Jaan_Tonisson_(Lasteleht), lk 322
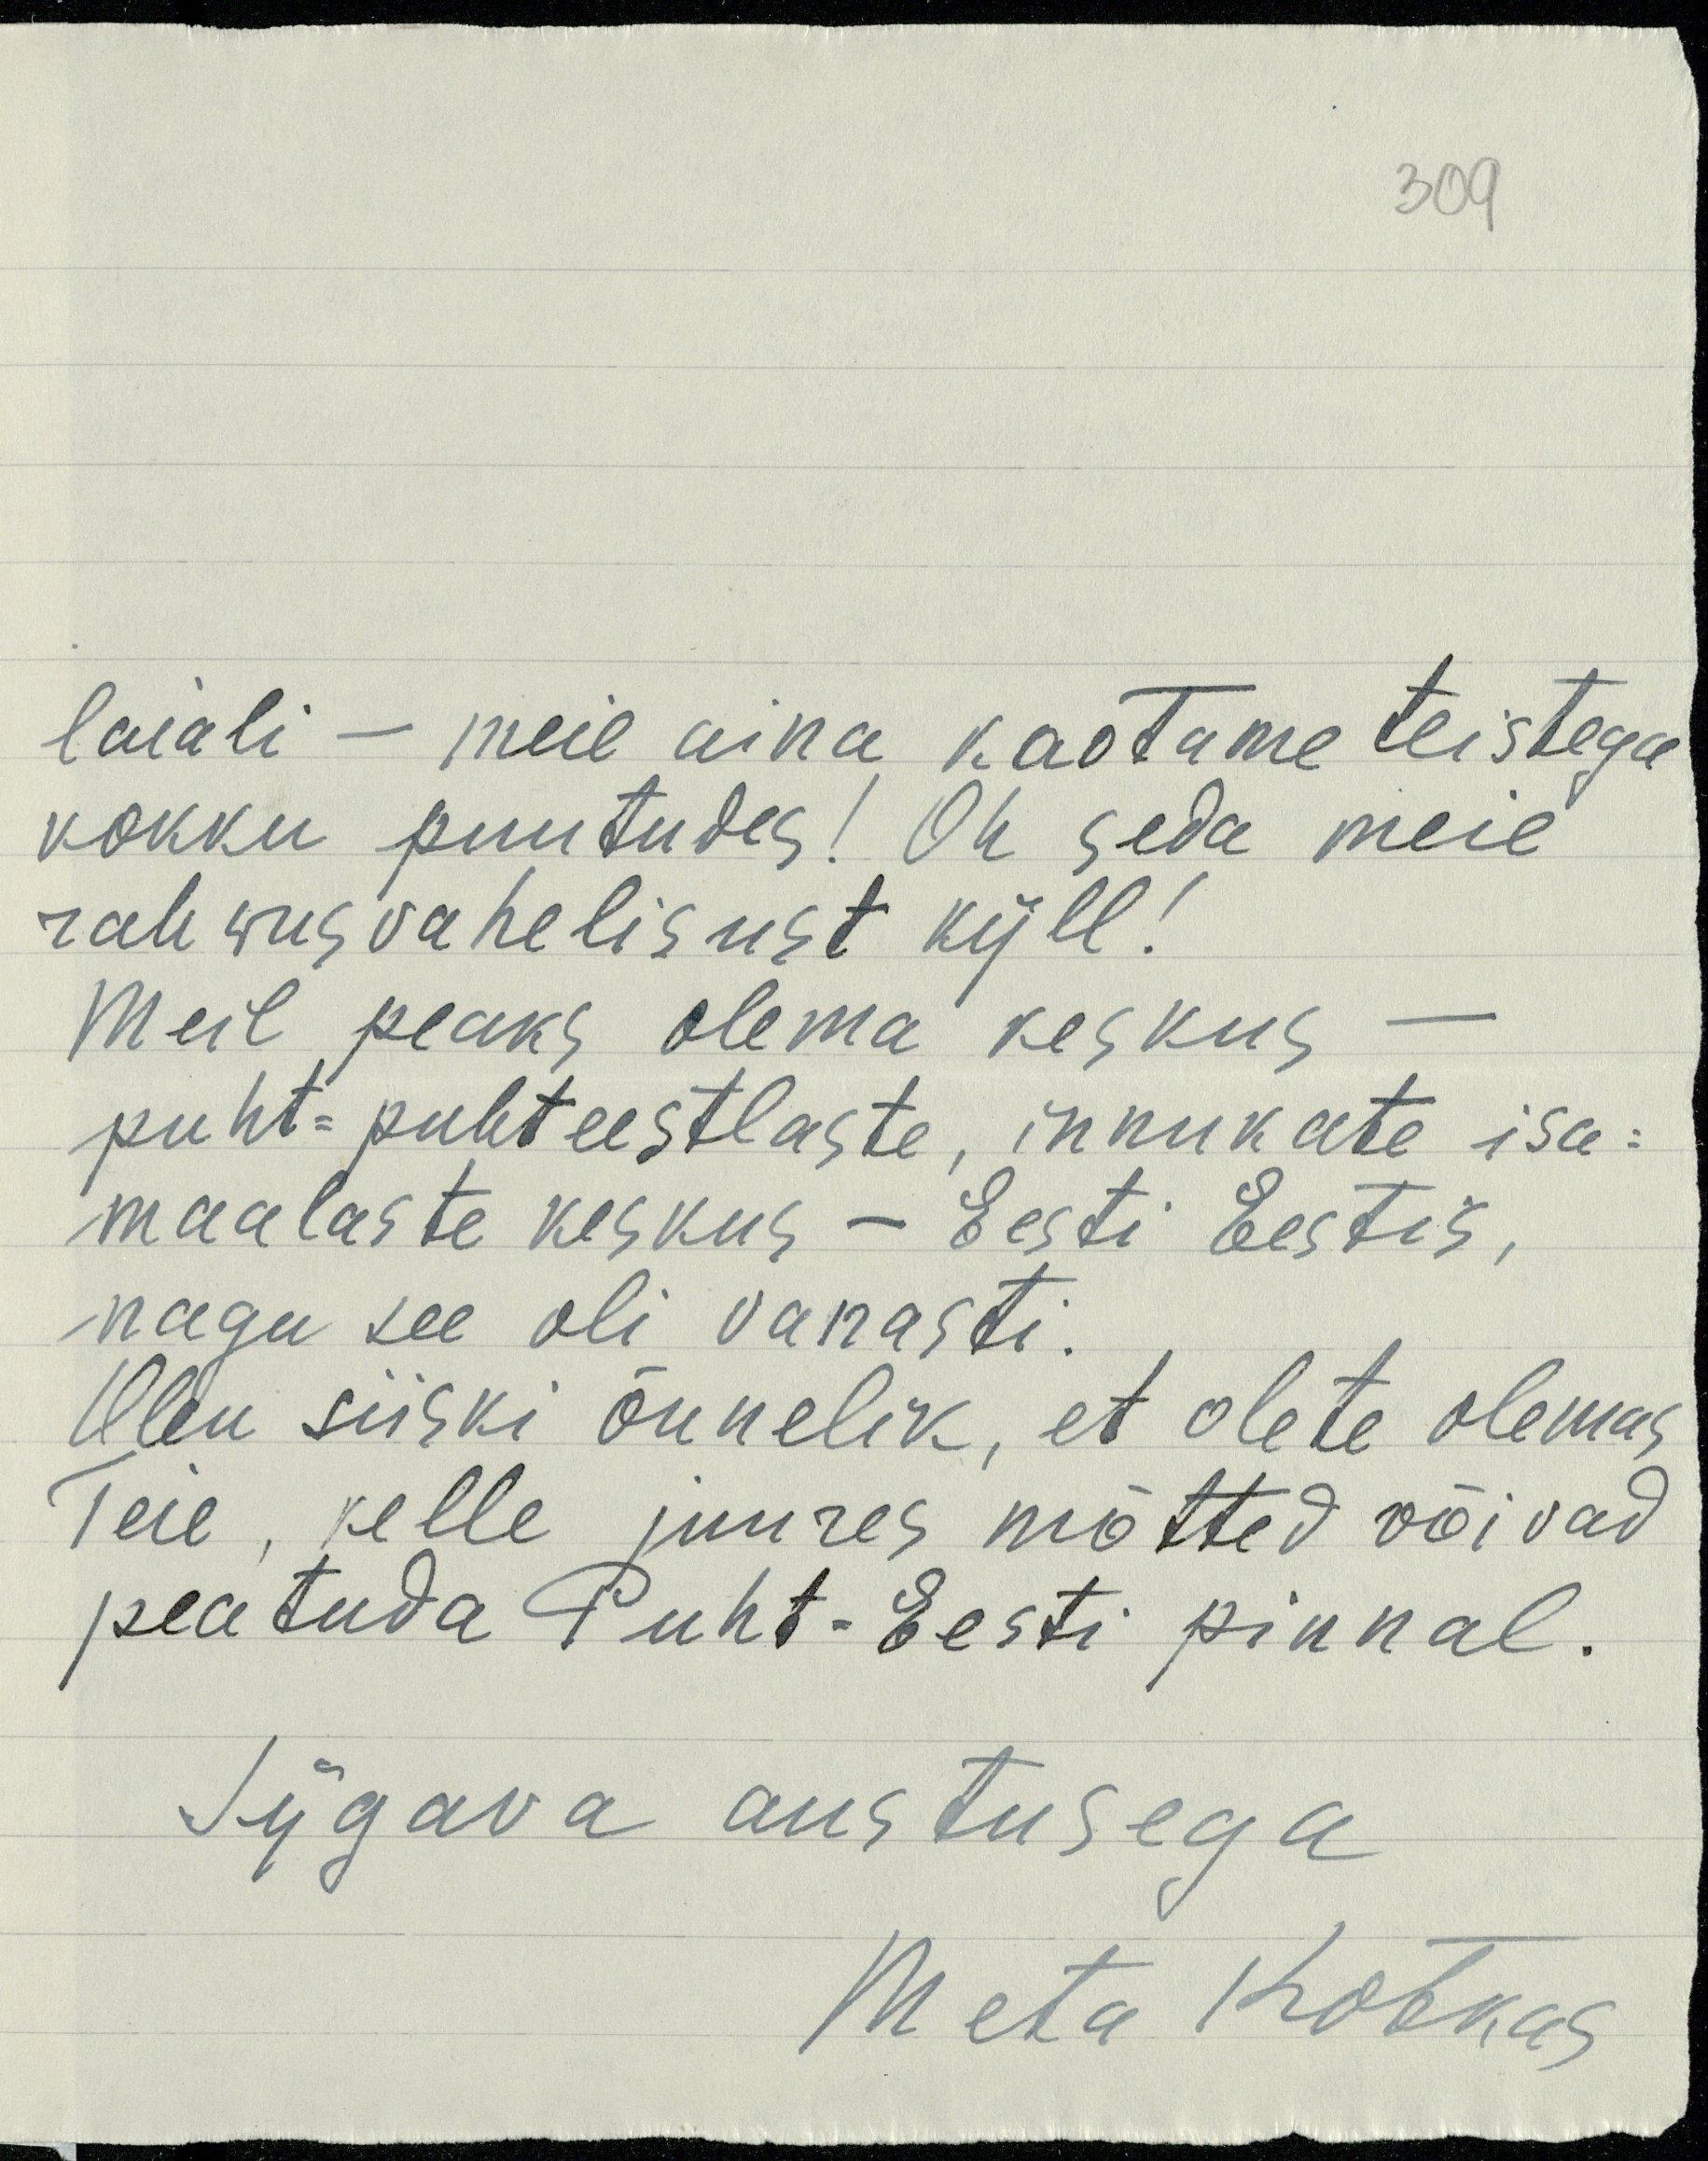
309
laiali - meie aina kaotame teistega
kokku puutudes! Oh seda meie
rahwusvahelisust küll!
Meil peaks olema keskus.
puht-puhteestlaste, innukate isa-
maalaste keskus - Eesti Eestis,
nagu see oli vanasti.
Olen siiski õnnelik, et olete olemas
Teie, kelle juures mõtted võivad
peatuda Puht-Eesti pinnal.
Sügava austusega
Meta Kotkas